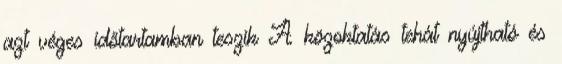
azt véges időtartamban teszik A közoktatás tehát nyújtható és